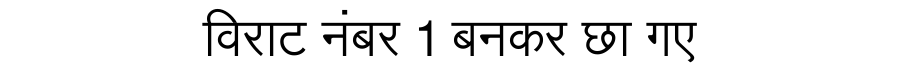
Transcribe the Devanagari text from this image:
विराट नंबर 1 बनकर छा गए